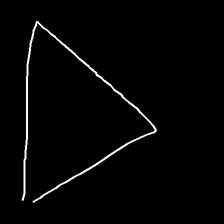
Glyph: convergence